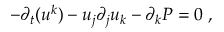
- \partial _ { t } ( u ^ { k } ) - u _ { j } \partial _ { j } u _ { k } - \partial _ { k } P = 0 \; ,